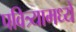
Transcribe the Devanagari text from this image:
पवित्र्यामध्ये